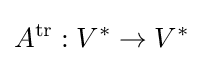
A^{\operatorname {tr} }:V^{*}\rightarrow V^{*}